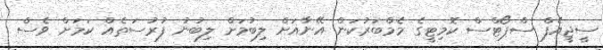
ސީޖީއެފް ސްޕޯޓްސް ކޮމިޓީގެ މެމްބަރުކަން އޭނާއަށް ލިބުމަށް ލިބުނު ފުރުސަތެއް ކަމަށް ވެސް